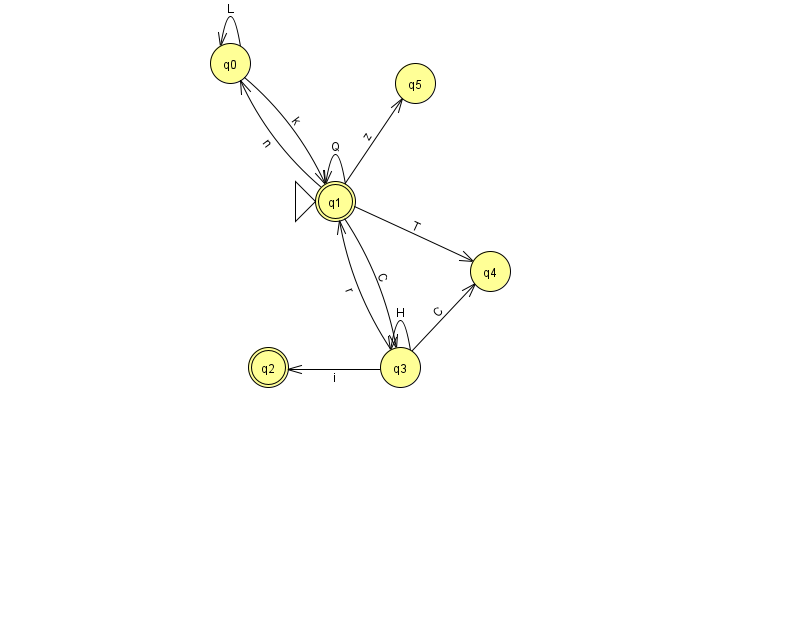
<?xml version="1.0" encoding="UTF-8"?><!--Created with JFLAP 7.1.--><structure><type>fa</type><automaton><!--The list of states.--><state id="0" name="q0"><x>230.0</x><y>50.0</y></state><state id="1" name="q1"><x>335.0</x><y>188.0</y><initial/><final/></state><state id="2" name="q2"><x>268.0</x><y>354.0</y><final/></state><state id="3" name="q3"><x>400.0</x><y>354.0</y></state><state id="4" name="q4"><x>490.0</x><y>258.0</y></state><state id="5" name="q5"><x>415.0</x><y>70.0</y></state><!--The list of transitions.--><transition><from>0</from><to>1</to><read>k</read></transition><transition><from>1</from><to>1</to><read>Q</read></transition><transition><from>3</from><to>1</to><read>r</read></transition><transition><from>1</from><to>0</to><read>n</read></transition><transition><from>1</from><to>3</to><read>C</read></transition><transition><from>3</from><to>2</to><read>i</read></transition><transition><from>3</from><to>3</to><read>H</read></transition><transition><from>0</from><to>0</to><read>L</read></transition><transition><from>1</from><to>4</to><read>T</read></transition><transition><from>3</from><to>4</to><read>C</read></transition><transition><from>1</from><to>5</to><read>z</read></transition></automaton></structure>